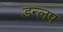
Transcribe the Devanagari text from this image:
डन्लप